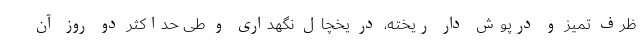
ظرف تمیز و درپوش دار ریخته، در یخچال نگهداری و طی حداکثر دو روز آن